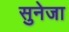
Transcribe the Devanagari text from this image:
सुनेजा